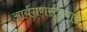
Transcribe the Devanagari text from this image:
आर्यगणस्तुत्याय